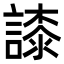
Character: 䜉